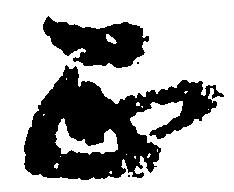
正